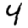
Digit: 4